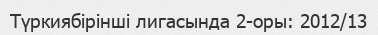
Түркиябірінші лигасында 2-оры: 2012/13